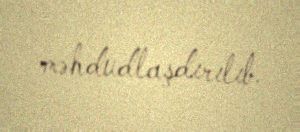
məhdudlaşdırılıb.